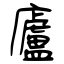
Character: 廬